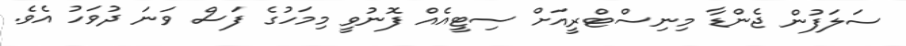
ސަލަފުން ޖެންޑާ މިނިސްޓްރީއަށް ސިޓީއެއް ފޮނުވީ މިމަހުގެ ފަސް ވަނަ ދުވަހު އެވެ.